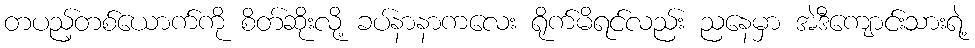
တပည့်တစ်ယောက်ကို စိတ်ဆိုးလို့ ခပ်နာနာကလေး ရိုက်မိရင်လည်း ညနေမှာ အဲဒီကျောင်းသားရဲ့